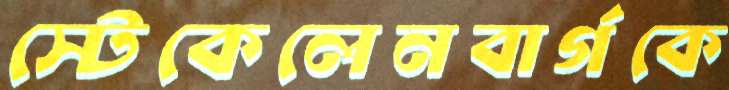
স্টেকেলেনবার্গকে